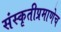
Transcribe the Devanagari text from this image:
संस्कृतीप्रमाणेच